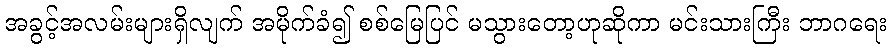
အခွင့်အလမ်းများရှိလျက် အမိုက်ခံ၍ စစ်မြေပြင် မသွားတော့ဟုဆိုကာ မင်းသားကြီး ဘာဂရေး